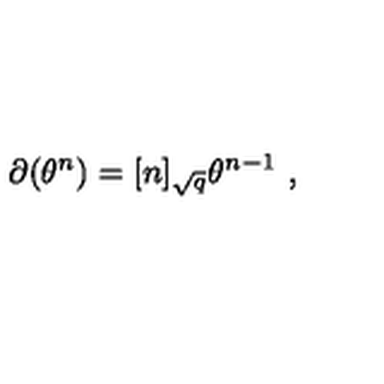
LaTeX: \partial ( \theta ^ { n } ) = [ n ] _ { \sqrt { q } } \theta ^ { n - 1 } \ ,